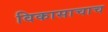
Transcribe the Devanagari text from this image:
विकासाचाच